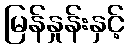
မြန်နှုန်းနှင့်